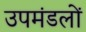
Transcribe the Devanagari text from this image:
उपमंडलों